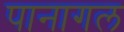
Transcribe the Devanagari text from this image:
पानागल